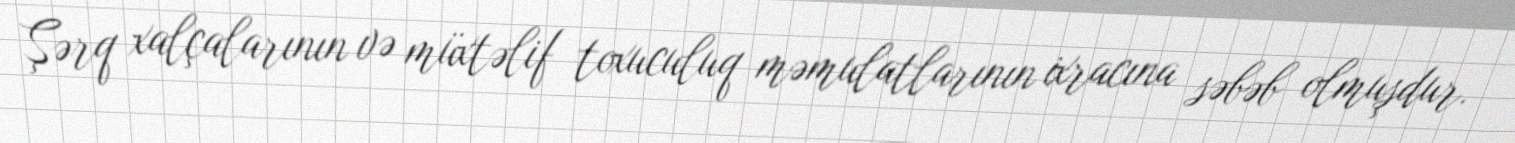
Şərq xalçalarının və müxtəlif toxuculuq məmulatlarının ixracına səbəb olmuşdur.